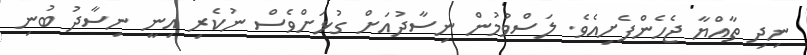
ނިދި ތާއްޔާ ޖެހެންފެށިއެވެ. ލަސްވުމުން ނިސާދުއަށް ގުޅަށްވެސް ނުކެރި އިނީ ނިސާދު ބުނި